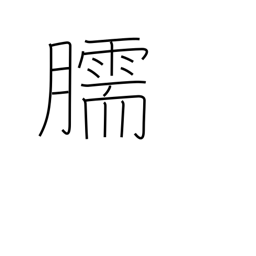
Meaning: shin